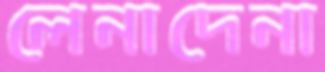
লেনাদেনা